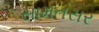
સામતસર